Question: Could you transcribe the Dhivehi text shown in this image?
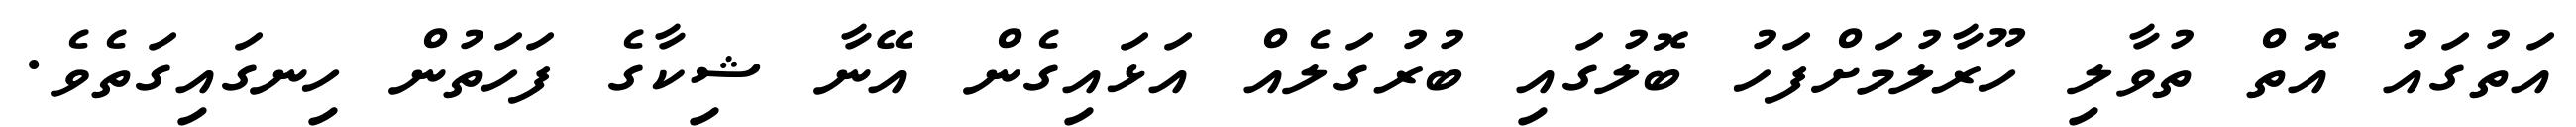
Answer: އަތުގައު އޮތް ތުވާލި ހޫރާލުމަށްފަހު ބޮލުގައި ބުރުގަލެއް އަޅައިގެން އޭނާ ޝިކާގެ ފަހަތުން ހިނގައިގަތެވެ.